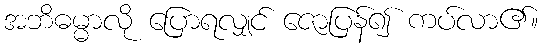
အဘိဓမ္မာလို ပြောရလျှင် ဇောပြန်၍ ကပ်လာ၏။